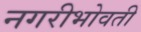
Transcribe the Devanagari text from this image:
नगरीभोवती